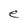
Character: e